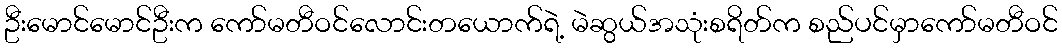
ဦးမောင်မောင်ဦးက ကော်မတီဝင်လောင်းတယောက်ရဲ့ မဲဆွယ်အသုံးစရိတ်က စည်ပင်မှာကော်မတီဝင်